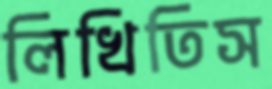
লিখিতিস